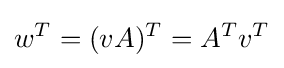
w^{T}=(vA)^{T}=A^{T}v^{T}